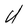
Character: U